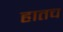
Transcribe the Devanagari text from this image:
हातच